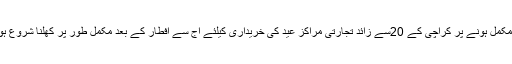
26 مئی2018ء) آل کراچی تاجر اتحاد کے چئیرمین عتیق میر نے کہا ہے کہ رمضان کا پہلا عشرہ مکمل ہونے پر کراچی کے 20سے زائد تجارتی مراکز عید کی خریداری کیلئے آج سے افطار کے بعد مکمل طور پر کھلنا شروع ہوجائینگے،جبکہ رمضان المبارک کے آخری عشرے میں مارکیٹیں سحری تک بلاناغہ کھلی رہیں گی۔